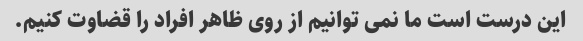
این درست است ما نمی توانیم از روی ظاهر افراد را قضاوت کنیم.